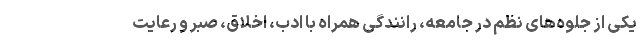
یکی از جلوه‌های نظم در جامعه، رانندگی همراه با ادب، اخلاق، صبر و رعایت